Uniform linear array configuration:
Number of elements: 8
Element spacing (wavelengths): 0.75
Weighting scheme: cosine
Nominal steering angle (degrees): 60
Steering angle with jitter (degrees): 60.293
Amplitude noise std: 0.05
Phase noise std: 0.05

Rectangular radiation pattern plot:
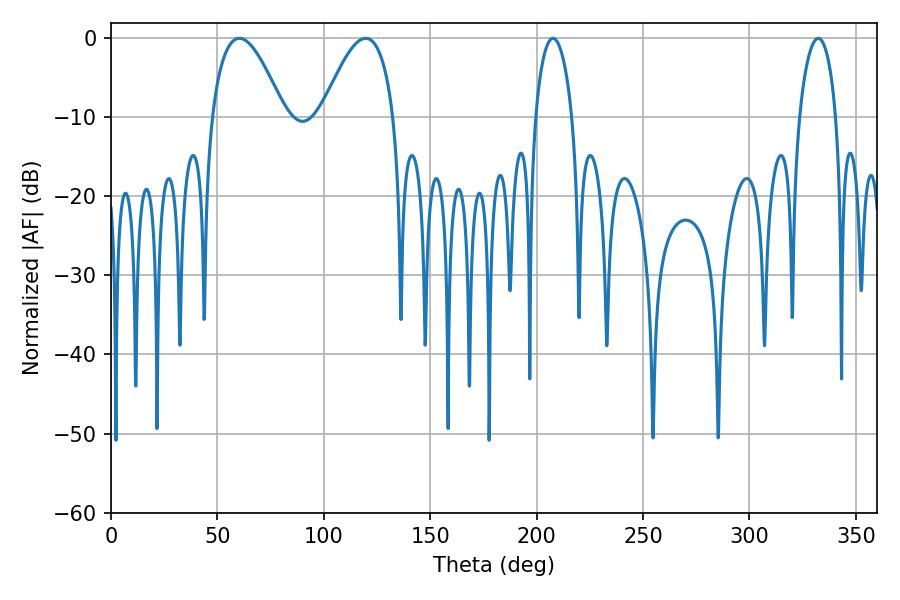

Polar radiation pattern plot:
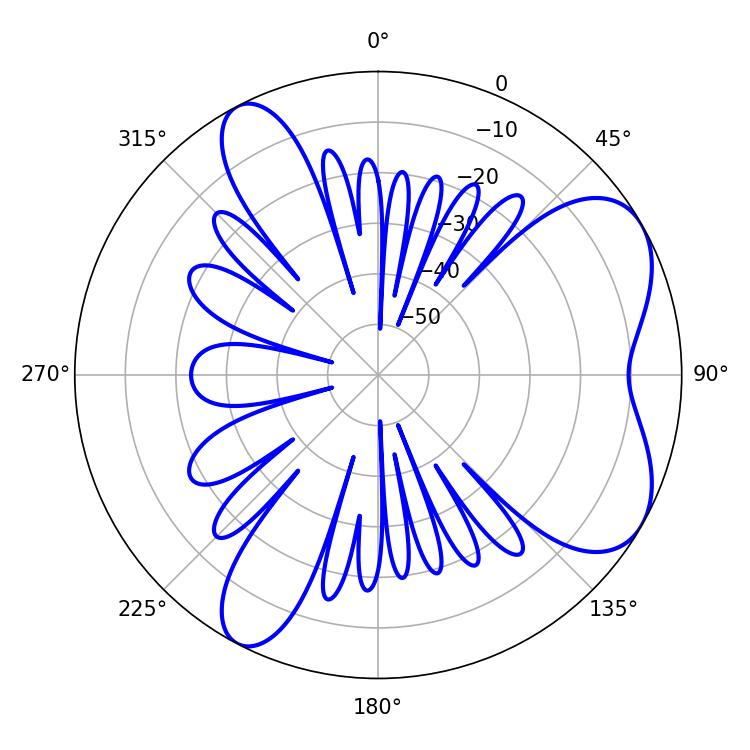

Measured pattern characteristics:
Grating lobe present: TRUE
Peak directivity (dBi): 6.385
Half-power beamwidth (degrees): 18.54
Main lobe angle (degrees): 60.3